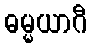
ဓမ္မယာဂီ